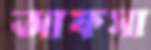
আফসা